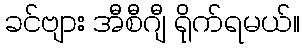
ခင်ဗျား အီစီဂျီ ရိုက်ရမယ်။